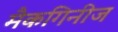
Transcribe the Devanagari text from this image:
मैकगिनीज